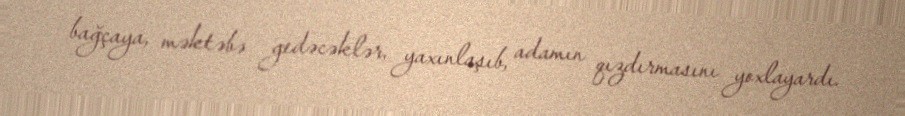
bağçaya, məktəbə gedəcəklər, yaxınlaşıb, adamın qızdırmasını yoxlayardı.